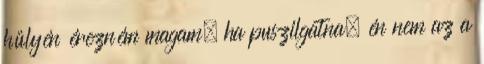
hülyén érezném magam, ha puszilgatna, én nem az a